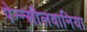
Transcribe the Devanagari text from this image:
पेन्न्सीलवानिया